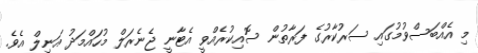
މި އެއްބަސްވުމުގައި ސަރުކާރުގެ ފަރާތުން ސޮއިކުރެއްވީ އެޓާނީ ޖެނެރަލް މުހައްމަދު އަނިލް އެވެ.